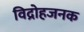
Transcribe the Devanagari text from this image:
विद्रोहजनक